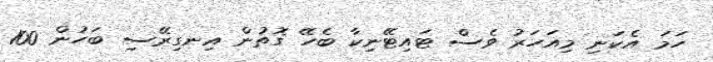
ހަމަ އެކަނި މިއަހަރު ވެސް ޓައިޓޭނިކާ ބެހޭ ގޮތުން އިނގިރޭސި ބަހުން 100